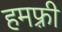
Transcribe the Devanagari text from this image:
हमफ़्री